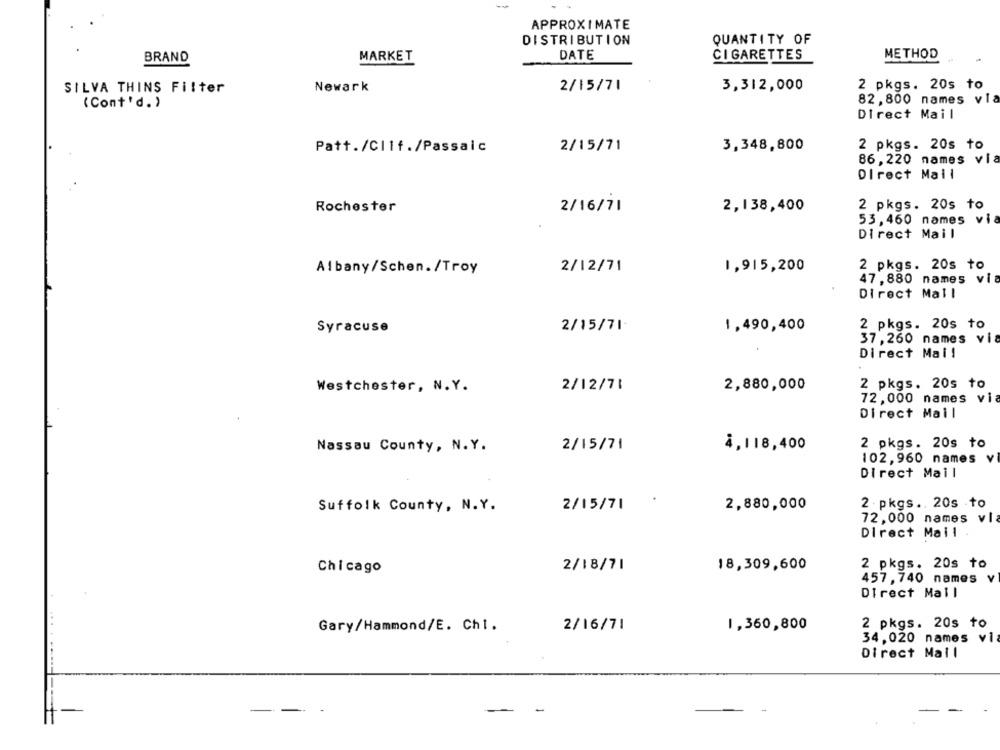
APPROXIMATE
DISTRIBUTION
QUANTITY OF
BRAND
MARKET
DATE
CIGARETTES
METHOD
SILVA THINS Filter
Newark
2/15/71
3,312,000
2 pkgs. 20s to
(Cont'd.)
82, 800 names vla
Direct Mail
Patt./CIlf./Passaic
2/15/71
3,348,800
2 pkgs. 20s to
86, 220 names via
Direct Mail
Rochester
2/16/71
2,138,400
2 pkgs. 20s to
53, 460 names via
Direct Mail
Albany/Schen. /Troy
2/12/71
1,915,200
2 pkgs. 20s to
47, 880 names vi
Direct Mall
Syracuse
2/15/71
1,490,400
2 pkgs. 20s to
37 , 260 names vi
Direct Mail
Westchester, N.Y.
2/12/71
2,880,000
2 pkgs. 20s to
72,000 names via
Direct Mail
Nassau County, N.Y.
2/15/71
4,118,400
2 pkgs. 20s to
102,960 names v
Direct Mail
Suffolk County, N.Y.
2/15/71
2,880,000
2 - pkgs .. 20s to
72,000 names vl
Direct Mail
Chicago
2/18/71
18,309,600
2 pkgs. 20s to
457, 740 names v
Direct Mall
...
Gary/Hammond/E. Ch1.
2/16/71
1,360,800
2 pkgs. 20s to
34, 020 names vi
Direct Mail
-
-